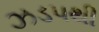
ઝડપથી